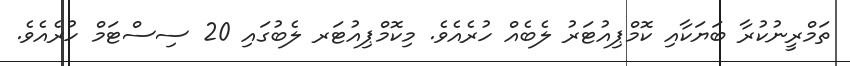
ތަމްރީނުކުރާ ބަޔަކާއި ކޮމްޕިއުޓަރު ލެބެއް ހުރެއެވެ. މިކޮމްޕިއުޓަރ ލެބުގައި 20 ސިސްޓަމް ހުރެއެވެ.